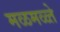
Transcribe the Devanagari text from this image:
मळमळ्ते